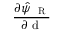
\frac { \partial \hat { \psi } _ { \mathrm { ~ \tiny ~ R ~ } } } { \partial { \mathrm { ~ d ~ } } }